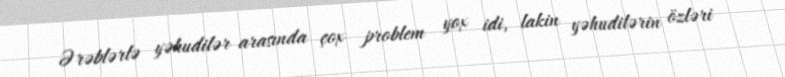
Ərəblərlə yəhudilər arasında çox problem yox idi, lakin yəhudilərin özləri